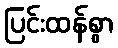
ပြင်းထန်စွာ